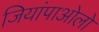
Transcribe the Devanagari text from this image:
जियांपाओलो